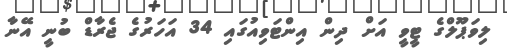
ލިވަޕޫލްގެ ޓީވީ އަށް ދިން އިންޓަވިއުގައި 34 އަހަރުގެ ޖެރާޑް ބުނީ އޭނާ